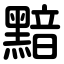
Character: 黯